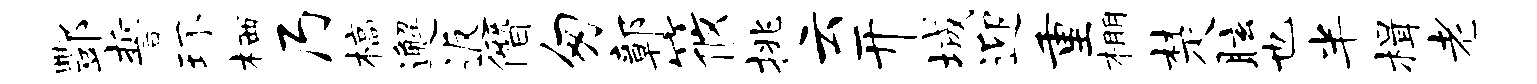
酆誓环栖乃槁邂返僭匆鄣筱挑云开城迎重棚楚眩也半楫老